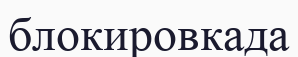
блокировкада